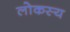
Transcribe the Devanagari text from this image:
लोकस्य